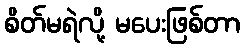
စိတ်မရဲလို့ မပေးဖြစ်တာ